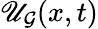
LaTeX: \mathscr{U}_{\mathcal{{G}}}(x,t)